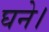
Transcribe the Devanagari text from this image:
घने।